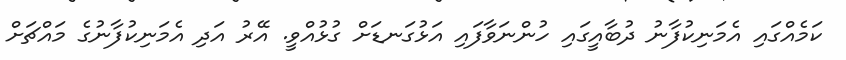
ކަމެއްގައި އެމަނިކުފާނު ދުބާއީގައި ހުންނަވާފައި އަޅުގަނޑަށް ގުޅުއްވީ. އޭރު އަދި އެމަނިކުފާނުގެ މައްޗަށް